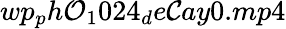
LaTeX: wp_{p}h\mathcal{O}_{1}024_{d}e\mathcal{C}ay0.mp4